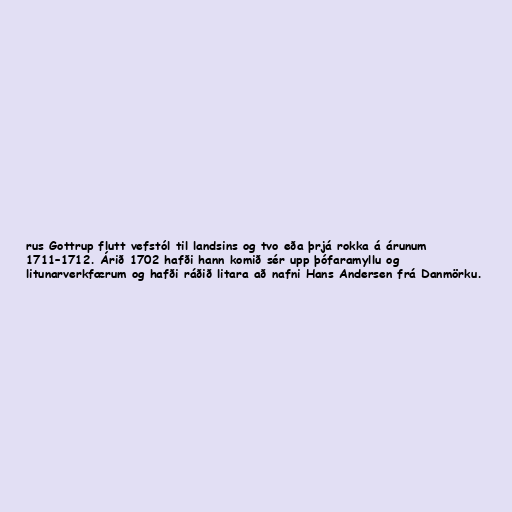
rus Gottrup flutt vefstól til landsins og tvo eða þrjá rokka á árunum
1711–1712. Árið 1702 hafði hann komið sér upp þófaramyllu og
litunarverkfærum og hafði ráðið litara að nafni Hans Andersen frá Danmörku.